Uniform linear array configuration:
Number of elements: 12
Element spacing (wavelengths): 1
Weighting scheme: kaiser
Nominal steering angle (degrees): -15
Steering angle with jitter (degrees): -16.055
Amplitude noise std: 0.05
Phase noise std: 0.05

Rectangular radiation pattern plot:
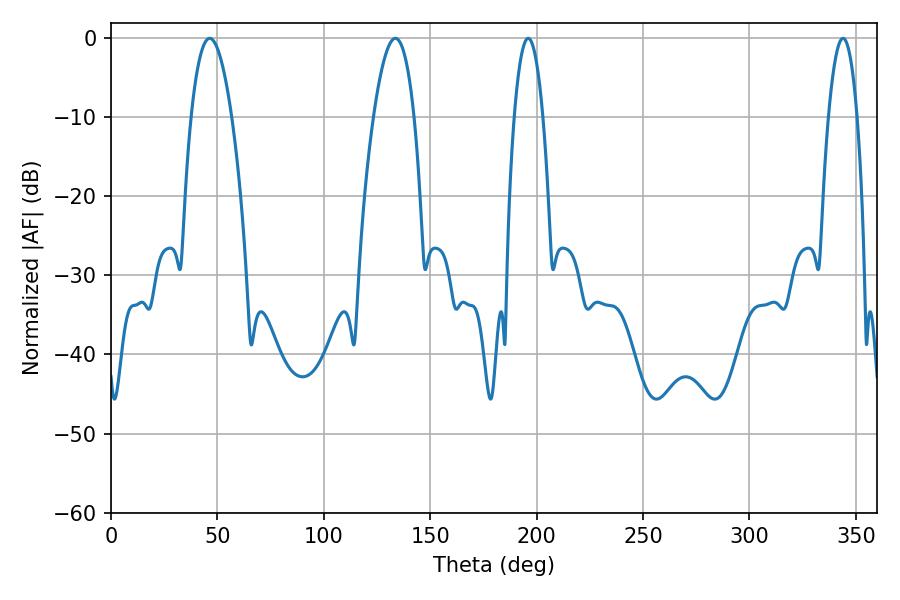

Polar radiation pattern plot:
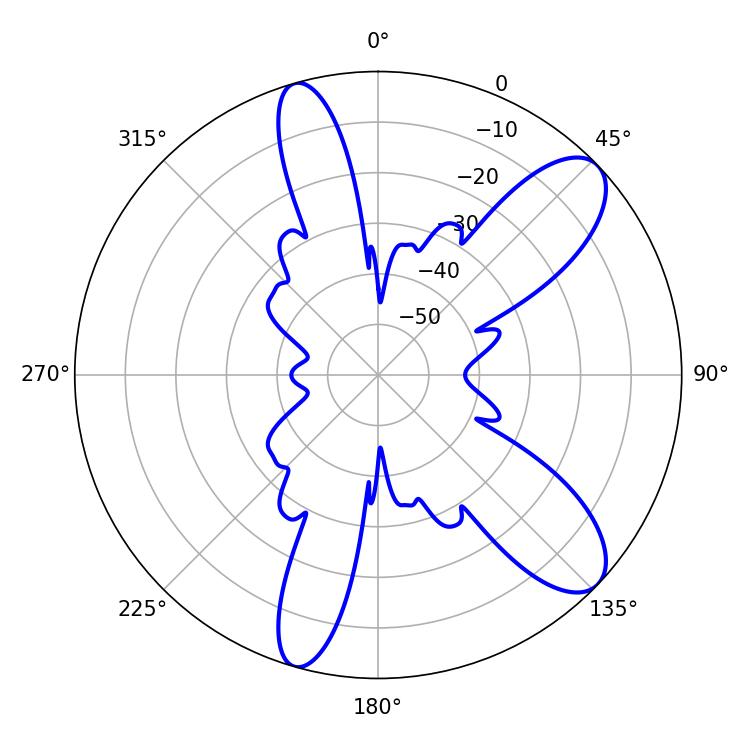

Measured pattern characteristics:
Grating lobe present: TRUE
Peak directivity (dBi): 9.822
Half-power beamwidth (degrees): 7.38
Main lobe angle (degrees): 196.02